Scottish Leaving Certificate Examination, 1955
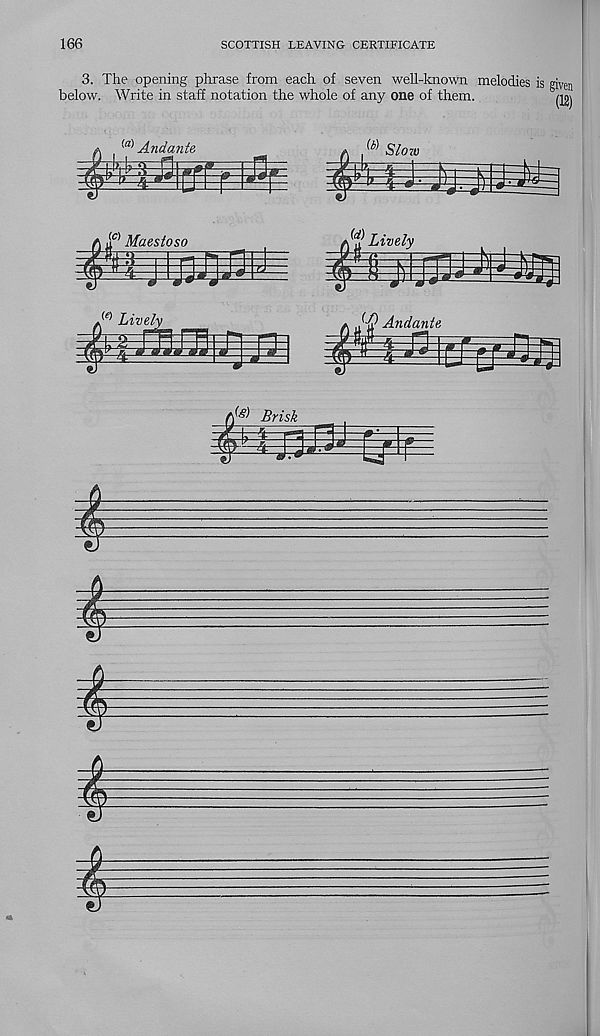
166
SCOTTISH LEAVING CERTIFICATE
3. The opening phrase from each of seven well-known melodies is gi V e n
below. Write in staff notation the whole of any one of them.
{a) Andante
h
{b) Slozu
a a c) Maes
0m
Maestoso
■ {d) Lively
A
(f) Lively
Andante
As) Brisk
£
i
i